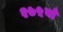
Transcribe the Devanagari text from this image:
२७५वाँ